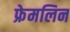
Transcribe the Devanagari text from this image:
फ्रेमलिन